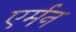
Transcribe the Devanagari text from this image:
एर्मन